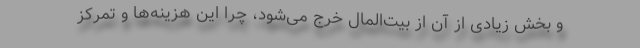
و بخش زیادی از آن از بیت‌المال خرج می‌شود، چرا این هزینه‌ها و تمرکز